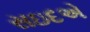
સઇદએ